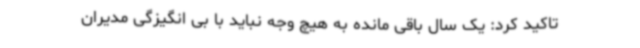
تاکید کرد: یک سال باقی مانده به هیچ وجه نباید با بی انگیزگی مدیران